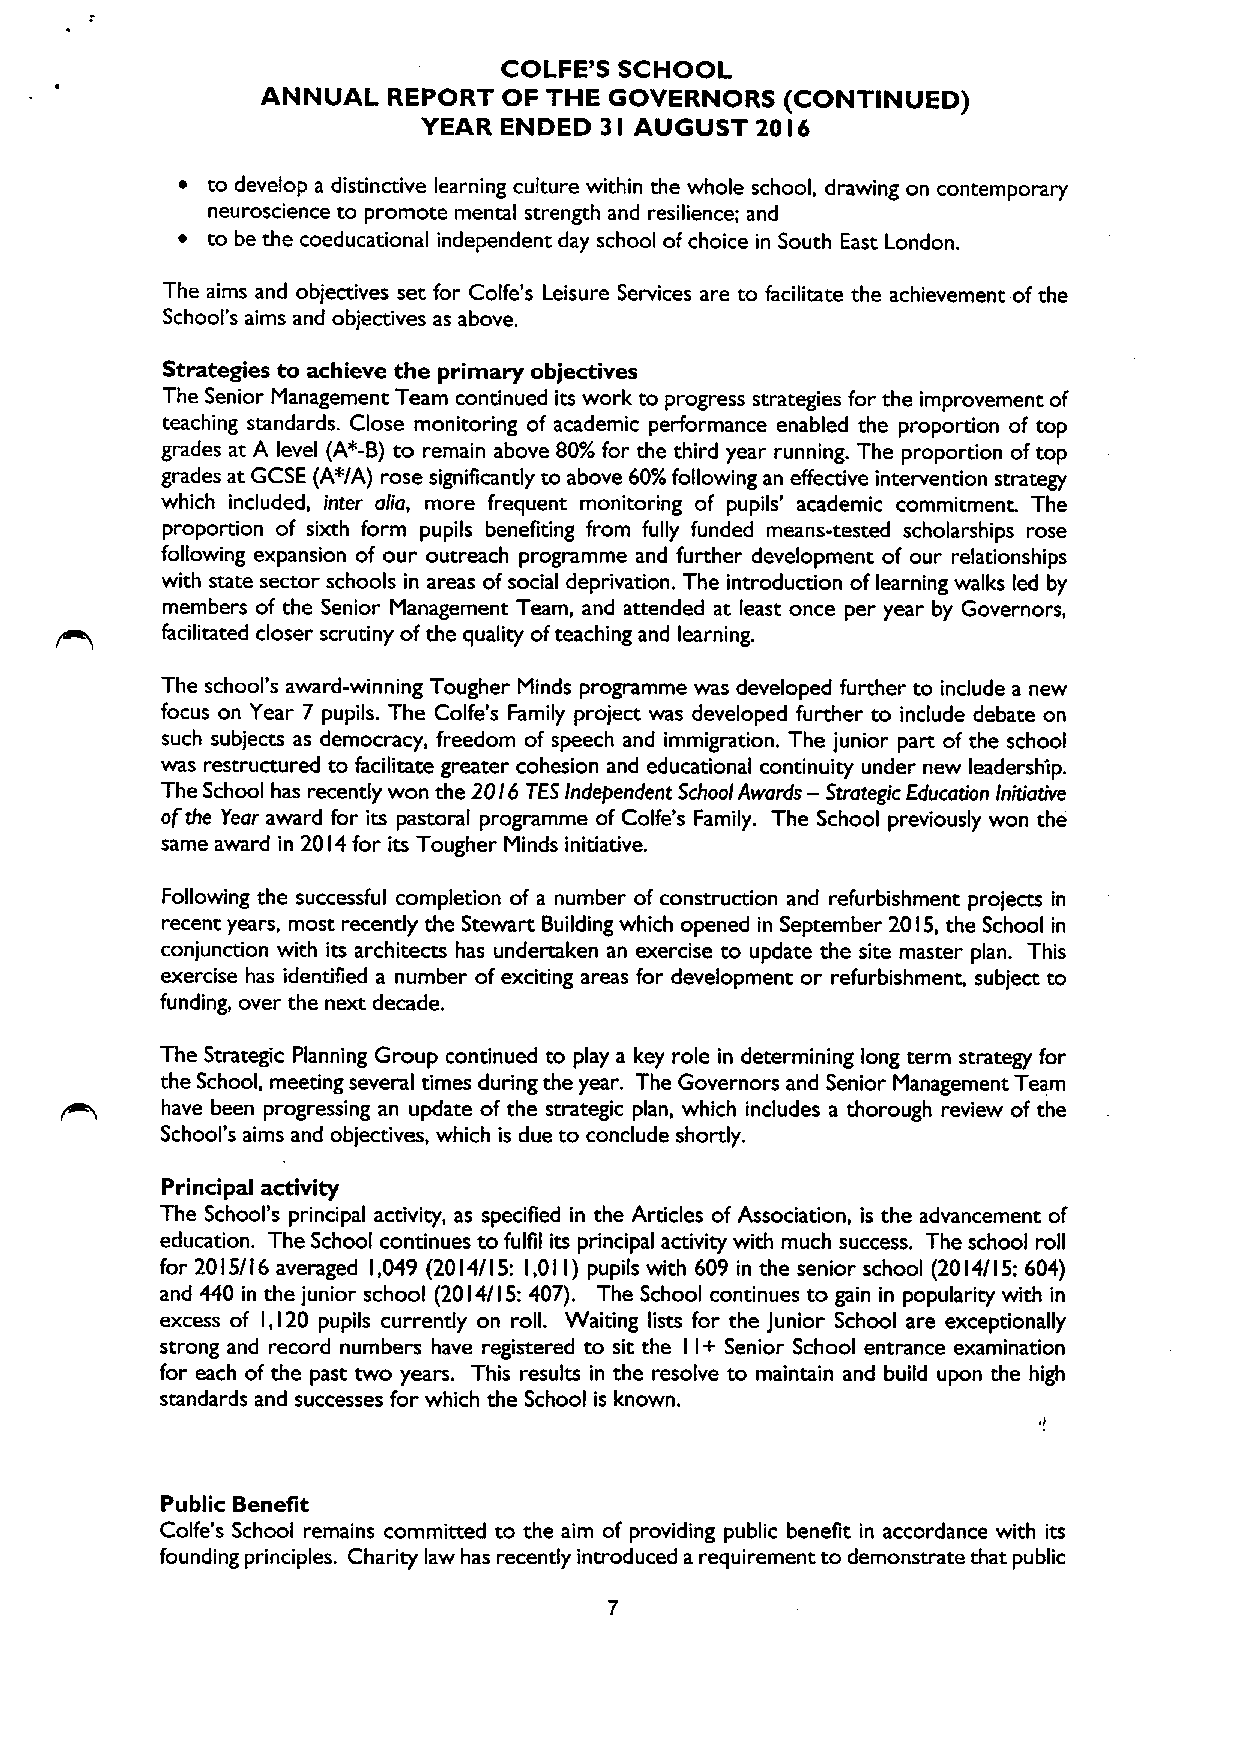
COLFE'S SCHOOL
 ANNUAL   REPORT OF THE GOVERNORS   (CONTINUED)
 YEAR ENDED  3 AUGUST  20 6
 I          I
 ~ to develop a distinctive learning culture within the whole school, drawing on contemporary
 neuroscience to promote mental strength and resilience; and
 ~ to be the coeducational independent day school ofchoice in South East London.
 The aims and objectives set for Colfe's Leisure Services are to facilitate the achievement ofthe
 School's aims and objectives as above.
 Strategies to achieve the primary objectives
 The Senior Management Team continued its work to progress strategies for the improvement of
 teaching standards. Close monitoring of academic performance enabled the proportion of top
 grades at A level (A+-B) to remain above 80%for the third year running. The proportion oftop
 grades at GCSE (A*/A) rose significantly to above 60%following an effective intervention strategy
 which included, inter alia, more frequent monitoring of pupils' academic commitment. The
 proportion of sixth form pupils benefiting from fully funded means-tested scholarships rose
 following expansion of our outreach programme and further development of our relationships
 with state sector schools in areas ofsocial deprivation. The introduction of learning walks led by
 members of the Senior Management Team, and attended at least once per year by Governors,
 facilitated closer scrutiny ofthe quality ofteaching and learning.
 The school's award-winning Tougher Minds programme was developed further to include a new
 focus on Year 7 pupils. The Colfe's Family project was developed further to include debate on
 such subjects as democracy, freedom of speech and immigration. The junior part of the school
 was restructured to facilitate greater cohesion and educational continuity under new leadership.
 The School has recently won the 20 I6 TESIndependent School Awards — Strategic Education Initiative
 ofthe Yeor award for its pastoral programme of Colfe's Family. The School previously won the
 same award in 20 I4for its Tougher Minds initiative.
 Following the successful completion of a number of construction and refurbishment projects in
 recent years, most recently the Stewart Building which opened in September 20 I5, the School in
 conjunction with its architects has undertaken an exercise to update the site master plan. This
 exercise has identified a number of exciting areas for development or refurbishment, subject to
 funding, over the next decade.
 The Strategic Planning Group continued to play a key role in determining long term strategy for
 the School, meeting several times during the year. The Governors and Senior Management Team
 have been progressing an update of the strategic plan, which includes a thorough review of the
 School's aims and objectives, which is due to conclude shortly,
 Principal activity
 The School's principal activity, as specified in the Articles of Association, is the advancement of
 education. The School continues to fulfil its principal activity with much success. The school roll
 for 20 I5/I 6 averaged l,049 (20l4/I 5: I,OI I) pupils with 609 in the senior school (20 I4/I 5:604)
 and 440 in the junior school (20 I4/I 5:407). The School continues to gain in popularity with in
 excess of I,120 pupils currendy on roll. Waiting lists for the Junior School are exceptionally
 strong and record numbers have registered to sit the I+ Senior School entrance examination
 I
 for each ofthe past two years. This results in the resolve to maintain and build upon the high
 standards and successes for which the School is known.
 Public Benefit
 Colfe's School remains committed to the aim of providing public benefit in accordance with its
 founding principles. Charity law has recently introduced a requirement to demonstrate that public